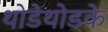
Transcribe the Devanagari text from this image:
थोडेथोडके